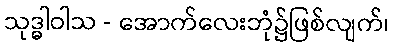
သုဒ္ဓါဝါသ - အောက်လေးဘုံ၌ဖြစ်လျက်၊